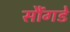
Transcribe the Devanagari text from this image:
सौंगडे